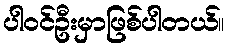
ပါဝင်ဦးမှာဖြစ်ပါတယ်။